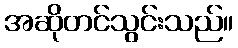
အဆိုတင်သွင်းသည်။